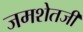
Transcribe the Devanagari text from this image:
जमशेतजी